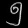
Digit: ၅